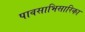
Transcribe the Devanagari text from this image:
पावसाभिसारिका